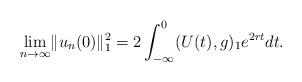
LaTeX: \begin{align*}\underset{n\rightarrow \infty }{\lim }\Vert u_{n}(0)\Vert_{1}^{2}=2\int_{-\infty }^{0}(U(t),g)_{1}e^{2rt}dt. \end{align*}